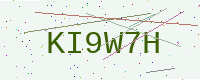
Text: KI9W7H